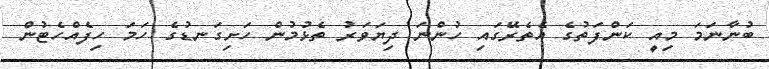
ބުނާނަމަ މިއީ ކަންފަތުގެ އެތެރޭގައި ހުންނަ ދިޔަވަރު ތެޅުމުން ހަށިގަނޑުގެ ހަމަ ހިފެއްހެޓުން